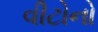
વીટોનો